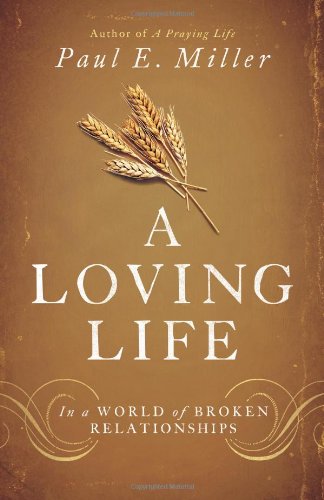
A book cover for A Loving Life: In a World of Broken Relationships; Paul E. Miller; Christian Books & Bibles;